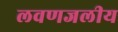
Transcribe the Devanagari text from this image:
लवणजलीय